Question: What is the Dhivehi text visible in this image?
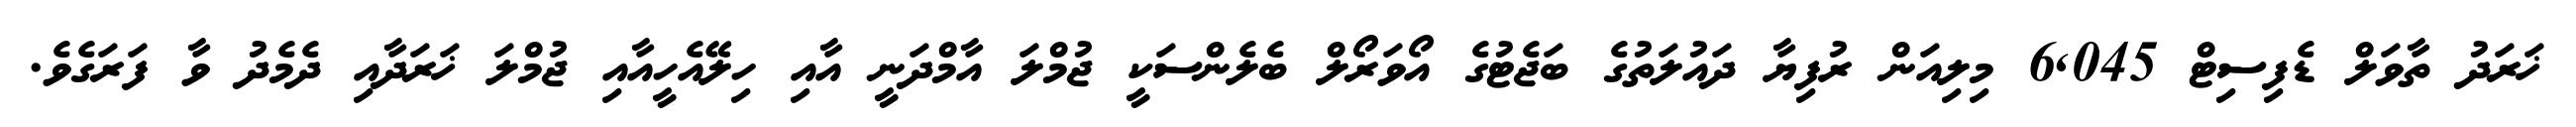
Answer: ޚަރަދު ތާވަލް ޑެފިސިޓް 6,045 މިލިއަން ރުފިޔާ ދައުލަތުގެ ބަޖެޓުގެ އޯވަރޯލް ބެލެންސަކީ ޖުމްލަ އާމްދަނީ އާއި ހިލޭއެހީއާއި ޖުމްލަ ޚަރަދާއި ދެމެދު ވާ ފަރަގެވެ.